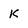
Character: k